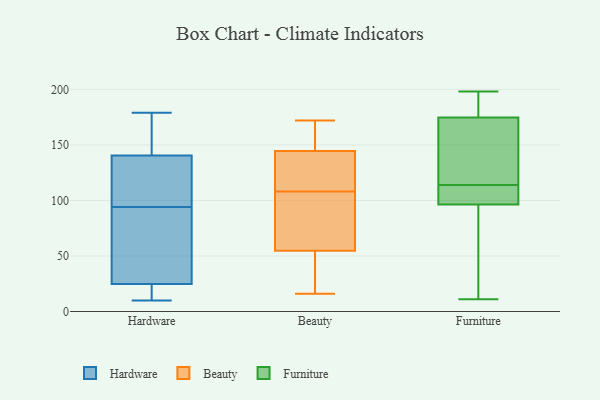
{"axis": {"x": "Operating Costs (USD K)", "y": "Value"}, "legend": ["Beauty", "Furniture", "Hardware"], "data": [{"x": "", "y": 15, "type": "Hardware"}, {"x": "", "y": 94, "type": "Hardware"}, {"x": "", "y": 27, "type": "Hardware"}, {"x": "", "y": 21, "type": "Hardware"}, {"x": "", "y": 34, "type": "Hardware"}, {"x": "", "y": 13, "type": "Hardware"}, {"x": "", "y": 136, "type": "Hardware"}, {"x": "", "y": 142, "type": "Hardware"}, {"x": "", "y": 10, "type": "Hardware"}, {"x": "", "y": 141, "type": "Hardware"}, {"x": "", "y": 86, "type": "Hardware"}, {"x": "", "y": 24, "type": "Hardware"}, {"x": "", "y": 177, "type": "Hardware"}, {"x": "", "y": 139, "type": "Hardware"}, {"x": "", "y": 113, "type": "Hardware"}, {"x": "", "y": 40, "type": "Hardware"}, {"x": "", "y": 105, "type": "Hardware"}, {"x": "", "y": 179, "type": "Hardware"}, {"x": "", "y": 159, "type": "Hardware"}, {"x": "", "y": 148, "type": "Beauty"}, {"x": "", "y": 108, "type": "Beauty"}, {"x": "", "y": 81, "type": "Beauty"}, {"x": "", "y": 134, "type": "Beauty"}, {"x": "", "y": 46, "type": "Beauty"}, {"x": "", "y": 109, "type": "Beauty"}, {"x": "", "y": 40, "type": "Beauty"}, {"x": "", "y": 172, "type": "Beauty"}, {"x": "", "y": 16, "type": "Beauty"}, {"x": "", "y": 96, "type": "Beauty"}, {"x": "", "y": 162, "type": "Beauty"}, {"x": "", "y": 188, "type": "Furniture"}, {"x": "", "y": 32, "type": "Furniture"}, {"x": "", "y": 110, "type": "Furniture"}, {"x": "", "y": 118, "type": "Furniture"}, {"x": "", "y": 192, "type": "Furniture"}, {"x": "", "y": 112, "type": "Furniture"}, {"x": "", "y": 193, "type": "Furniture"}, {"x": "", "y": 40, "type": "Furniture"}, {"x": "", "y": 148, "type": "Furniture"}, {"x": "", "y": 56, "type": "Furniture"}, {"x": "", "y": 180, "type": "Furniture"}, {"x": "", "y": 159, "type": "Furniture"}, {"x": "", "y": 103, "type": "Furniture"}, {"x": "", "y": 94, "type": "Furniture"}, {"x": "", "y": 114, "type": "Furniture"}, {"x": "", "y": 11, "type": "Furniture"}, {"x": "", "y": 107, "type": "Furniture"}, {"x": "", "y": 198, "type": "Furniture"}, {"x": "", "y": 119, "type": "Furniture"}]}